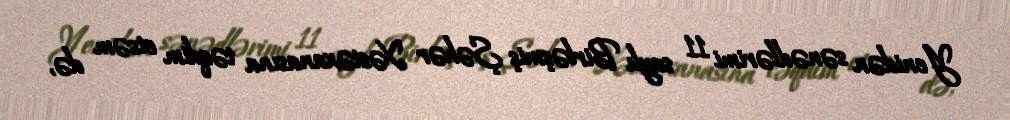
Yenidən sənədlərimi 11 saylı Birləşmiş Şəhər Xəstəxanasına təqdim etsəm də,